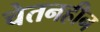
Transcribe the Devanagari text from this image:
चेतनहीन